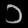
Digit: ၁